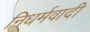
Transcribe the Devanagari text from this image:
निधर्मवादी